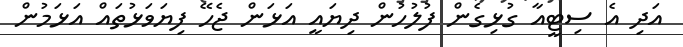
އަދި އެ ސިޓީއާ ގުޅިގެން ފުލުހުން ދިޔައީ އަޅަން ޖެހޭ ފިޔަވަޅުތައް އަޅަމުން